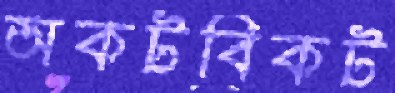
অকটবিকট